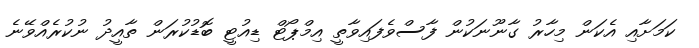
ކަމަށާއި އެކަން މިހާރު ގާނޫނަކުން ފާސްވެފައިވާތީ އިމްޕޯޓް ޑިއުޓީ ބޮޑުކުރަން ތާއީދު ނުކުރެއްވޭނެ